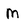
Character: M